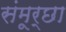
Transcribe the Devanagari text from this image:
संमूर्छा